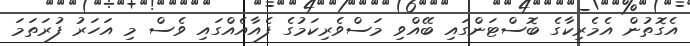
އެގޮތުން އެމެރިކާގެ ބޮސްޓަންގައި ބޭއްވި މަސްވެރިކަމުގެ ފެއާއެއްގައި ވެސް މި އަހަރު ފުރަތަމަ